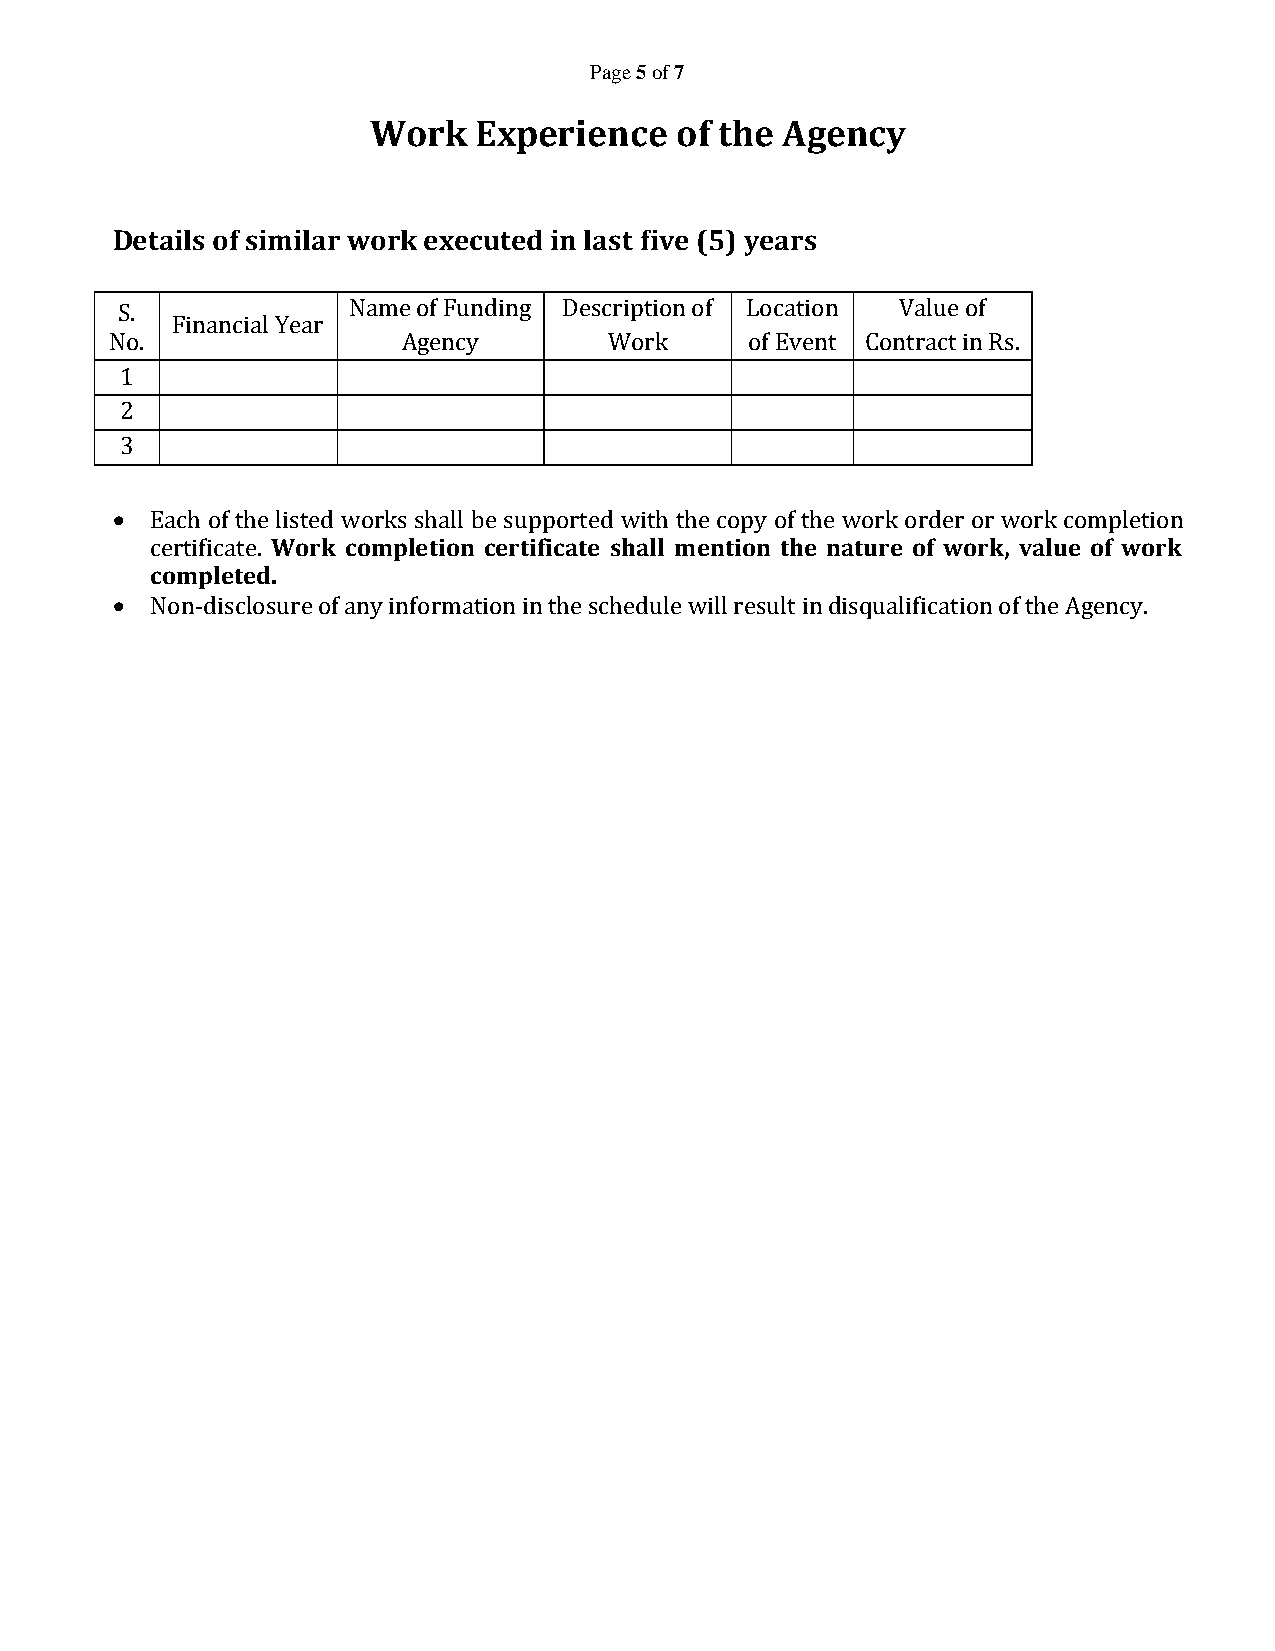
Page 5 of 7
 Work   Experience    of the Agency
 Details of similar work executed in last five (5) years
 S.             Name of Funding Description of Location Value of
 Financial Year
 No.                 Agency       Work      of Event Contract in Rs.
 1
 2
 3
   Each of the listed works shall be supported with the copy of the work order or work completion
 certificate. Work completion certificate shall mention the nature of work, value of work
 completed.
   Non-disclosure of any information in the schedule will result in disqualification of the Agency.